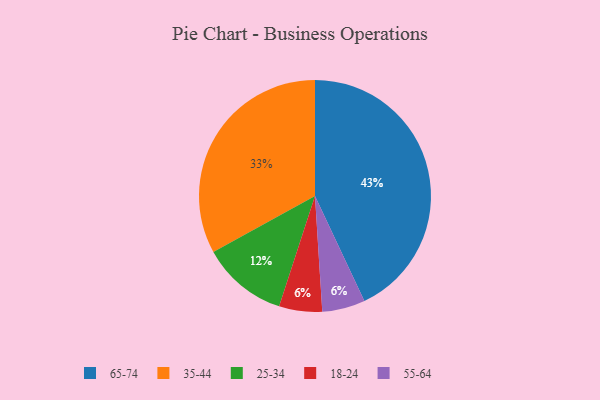
{"axis": {"x": "Category", "y": "Percentage"}, "legend": ["18-24", "25-34", "35-44", "55-64", "65-74"], "data": [{"x": "18-24", "y": 6, "type": "18-24"}, {"x": "55-64", "y": 6, "type": "55-64"}, {"x": "25-34", "y": 12, "type": "25-34"}, {"x": "65-74", "y": 43, "type": "65-74"}, {"x": "35-44", "y": 33, "type": "35-44"}]}